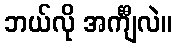
ဘယ်လို အင်္ကျီလဲ။